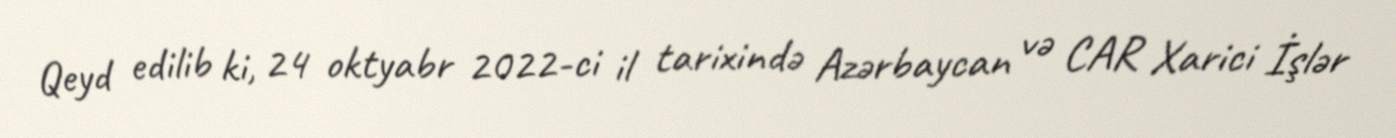
Qeyd edilib ki, 24 oktyabr 2022-ci il tarixində Azərbaycan və CAR Xarici İşlər